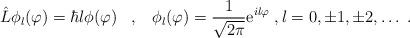
LaTeX: \begin{align*}\hat{L}\phi_l(\varphi)=\hbar l\phi(\varphi)\;\;\;,\;\;\; \phi_l(\varphi)=\frac{1}{\sqrt{2\pi}}\mathrm{e}^{il\varphi}\;,l=0,\pm 1,\pm 2,\dots\;.\end{align*}